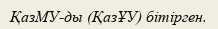
ҚазМУ-ды (ҚазҰУ) бітірген.